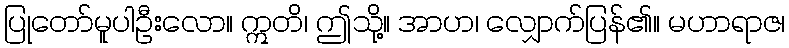
ပြုတော်မူပါဦးလော။ ဣတိ၊ ဤသို့။ အာဟ၊ လျှောက်ပြန်၏။ မဟာရာဇ၊